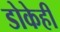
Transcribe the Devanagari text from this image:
डोकेही